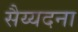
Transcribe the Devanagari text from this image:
सैय्यदना